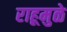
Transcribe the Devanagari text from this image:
राहूमुळे